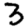
Digit: 3